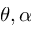
\theta , \alpha